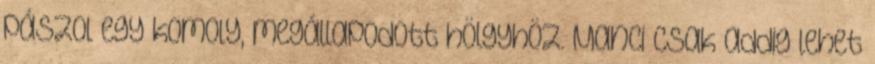
pászol egy komoly, megállapodott hölgyhöz. Manci csak addig lehet